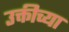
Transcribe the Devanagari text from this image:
उक्तीच्या